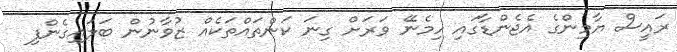
ރައީސް ޔާމިންގެ އެޖެންޑާގައި ހިމެނޭ ވަރަށް ގިނަ ކަންތައްތަކެއް ޒުވާނުން ބަލައިގެންފި